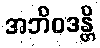
အဘိဝဒန္တိ